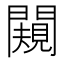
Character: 闚